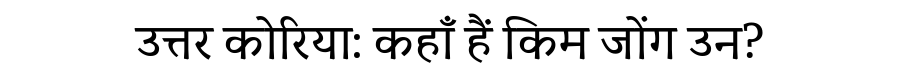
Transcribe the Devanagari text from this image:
उत्तर कोरिया: कहाँ हैं किम जोंग उन?